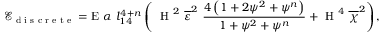
\mathcal { E } _ { \textup { d i s c r e t e } } = \mathrm { E } \ \alpha \ l _ { 1 4 } ^ { 4 + n } \left( \ \textup { H } ^ { 2 } \ \overline { { \varepsilon } } ^ { 2 } \ \frac { 4 \left( 1 + 2 \psi ^ { 2 } + \psi ^ { n } \right) } { 1 + \psi ^ { 2 } + \psi ^ { n } } + \textup { H } ^ { 4 } \ \overline { { \chi } } ^ { 2 } \right) ,